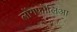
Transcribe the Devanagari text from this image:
लोंगफोलिआ